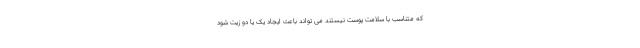
که متناسب با سلامت پوست نیستند می تواند باعث ایجاد یک یا دو زیت شود